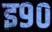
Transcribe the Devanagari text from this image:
इ९०